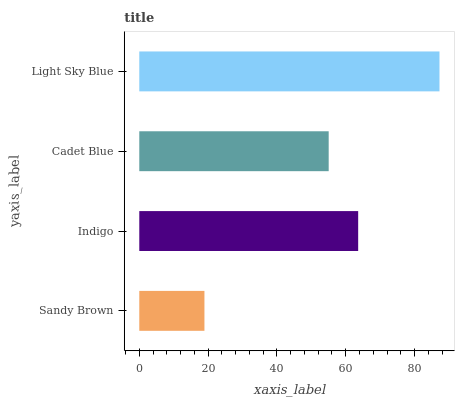
| yaxis_label | bars |
 | --- | --- |
 | Sandy Brown | 18.9 |
 | Indigo | 63.6 |
 | Cadet Blue | 55 |
 | Light Sky Blue | 87.3 |